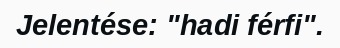
Jelentése: "hadi férfi".